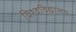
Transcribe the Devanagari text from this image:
विश्‍वविद्यालय